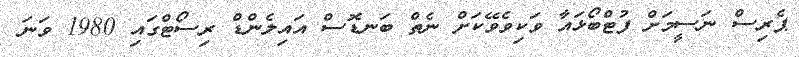
ޕެރިސް ނަސީމަށް ފުޓްބޯޅައާ ވަކިވެވޭކަށް ނެތް ބަނޑޮސް އައިލެންޑް ރިސޯޓްގައި 1980 ވަނަ